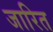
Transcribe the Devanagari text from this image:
जारित